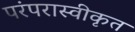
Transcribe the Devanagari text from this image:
परंपरास्वीकृत